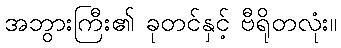
အဘွားကြီး၏ ခုတင်နှင့် ဗီရိုတလုံး။